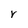
Character: r